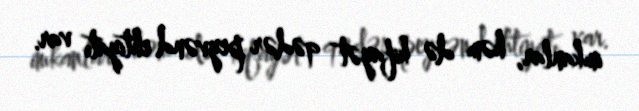
imkanlar, həm də kifayət qədər peyvənd ehtiyatı var.